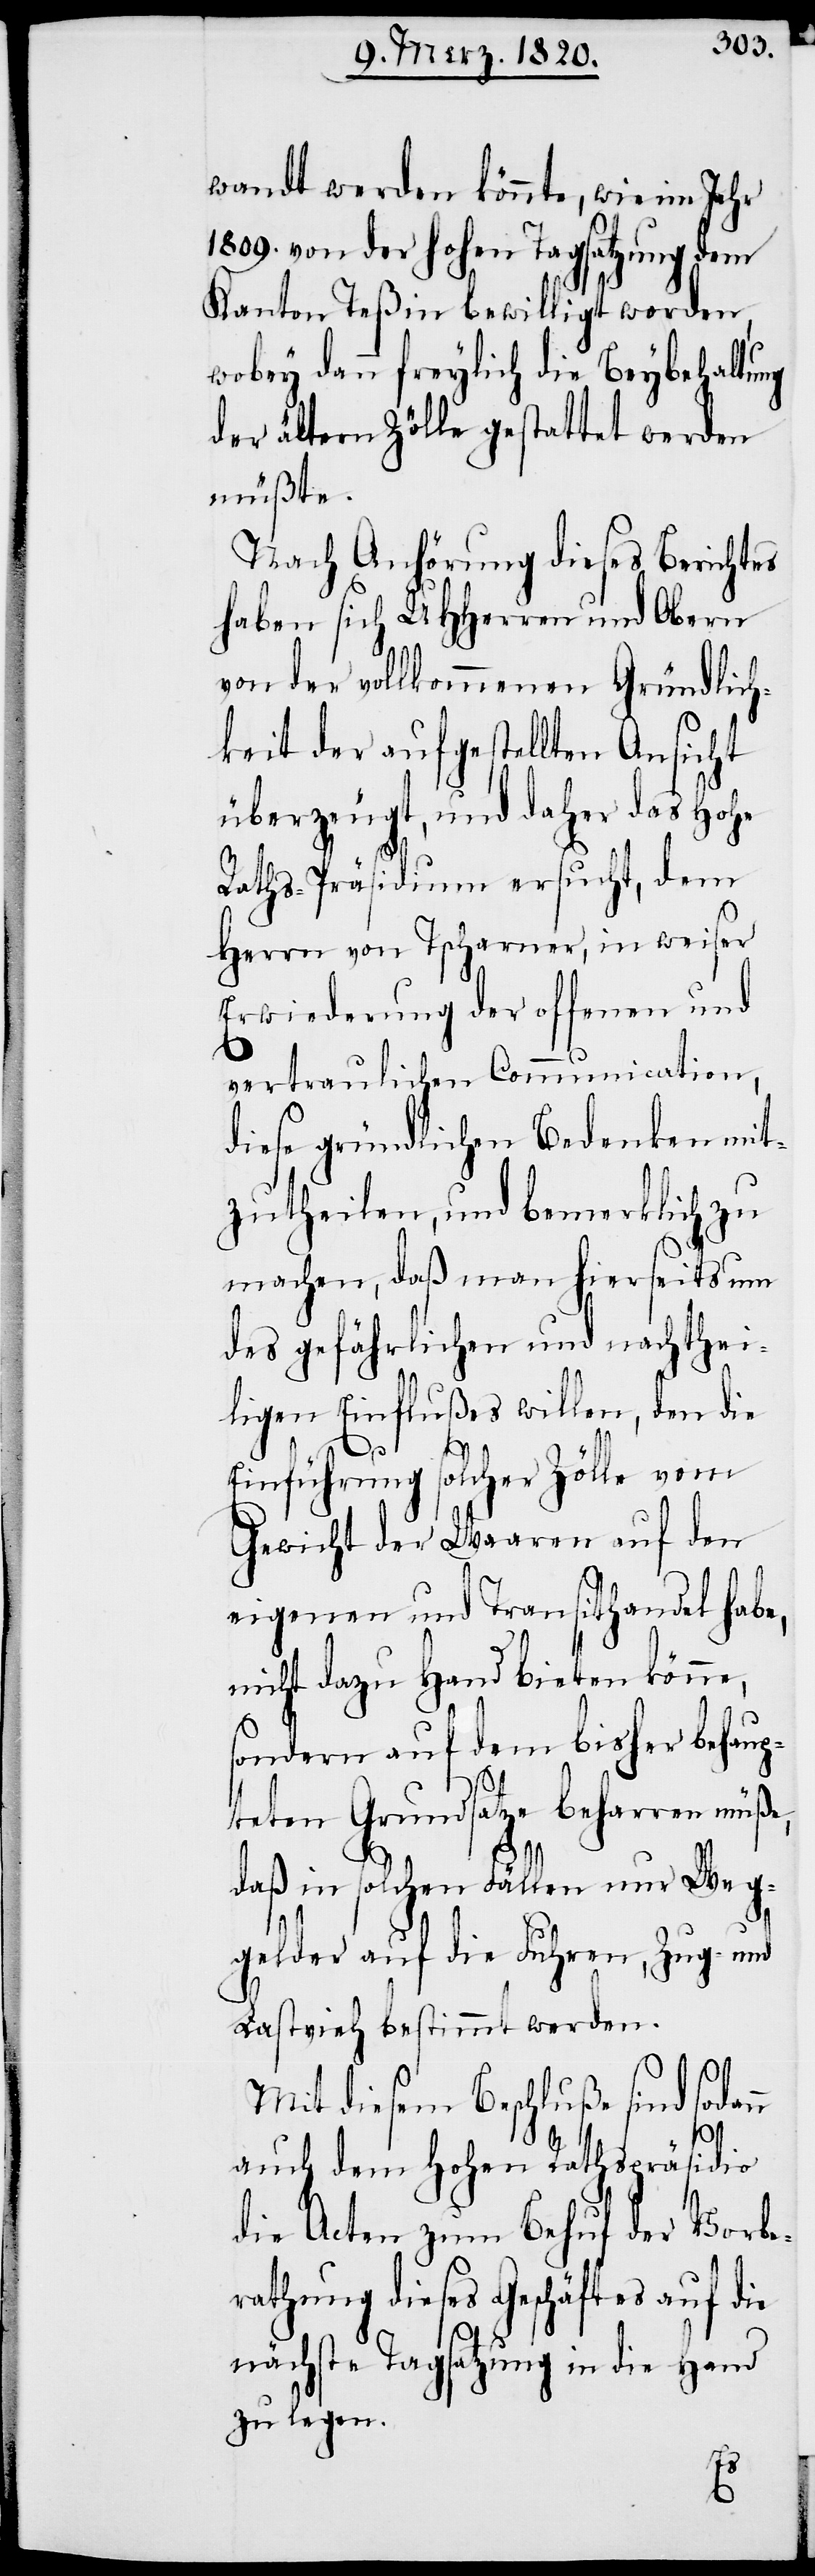
wandt werden könnte, wie im Jahr
1809. von der hohen Tagsatzung dem
Kanton Teßin bewilligt worden,
wobey dann freylich die Beybehaltung
der ältern Zölle gestattet werden
müßte.
Nach Anhörung dieses Berichtes
haben sich UHHerren und Obern
von der vollkommenen Gründlich¬
keit der aufgestellten Ansicht
überzeugt, und daher das Hohe
Raths-Präsidium ersucht, dem
Herrn von Tscharner, in weiser
Erwiederung der offenen und
vertraulichen Communication,
diese gründlichen Bedenken mit¬
zutheilen, und bemerklich zu
machen, daß man hierseits um
des gefährlichen und nachthei¬
ligen Einflußes willen, den die
Einführung solcher Zölle vom
Gewicht der Waaren auf den
eigenen und Transithandel habe,
nicht dazu Hand bieten könne,
sondern auf dem bisher behaup¬
teten Grundsatze beharren müße,
daß in solchen Fällen nur Weg¬
gelder auf die Fuhren, Zug- und
Lastvieh bestimmt werden.
Mit diesem Beschluße sind sodann
auch dem Hohen Rathspräsidio
die Acten zum Behuf der Vorbe¬
rathung dieses Geschäftes auf die
nächste Tagsatzung an die Hand
zu legen.